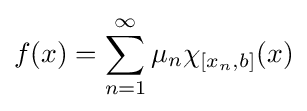
f(x)=\sum _{n=1}^{\infty }\mu _{n}\chi _{[x_{n},b]}(x)